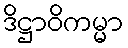
ဒိဋ္ဌာဝိကမ္မာ